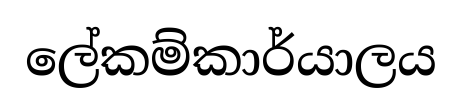
ලේකම්කාර්යාලය